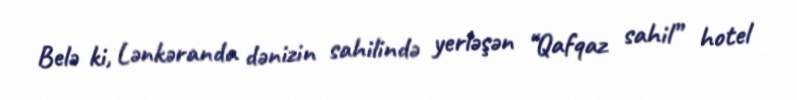
Belə ki, Lənkəranda dənizin sahilində yerləşən “Qafqaz sahil” hotel